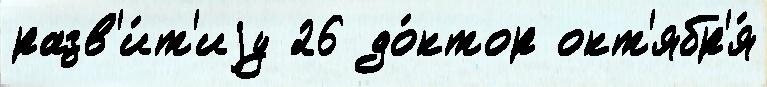
разв'и́т'иjу 26 до́ктор окт'ябр'я́